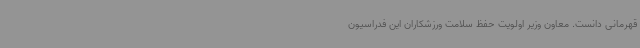
قهرمانی دانست. معاون وزیر اولویت حفظ سلامت ورزشکاران این فدراسیون